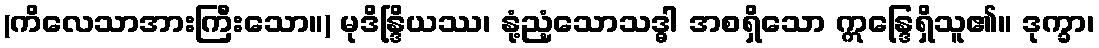
(ကိလေသာအားကြီးသော။) မုဒိန္ဒြိယဿ၊ နုံ့ညံ့သောသဒ္ဓါ အစရှိသော ဣန္ဒြေရှိသူ၏။ ဒုက္ခာ၊